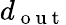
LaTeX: d_{\mathrm{~o~u~t~}}